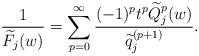
LaTeX: \begin{align*}\frac 1{\widetilde F_j(w)}=\sum_{p=0}^\infty\frac{(-1)^p t^p\widetilde Q_j^p(w)}{\widetilde q_j^{(p+1)}}.\end{align*}